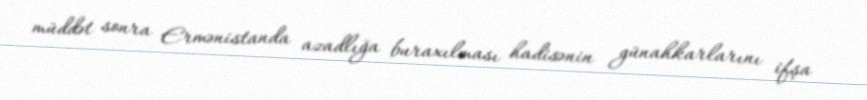
müddət sonra Ermənistanda azadlığa buraxılması hadisənin günahkarlarını ifşa